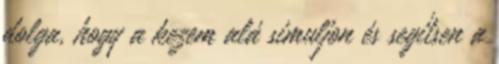
dolga, hogy a kezem alá simuljon és segítsen a